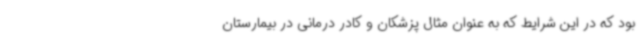
بود که در این شرایط که به عنوان مثال پزشکان و کادر درمانی در بیمارستان